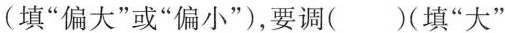
(填”偏大”或”偏小”)，要调()(填”大”